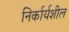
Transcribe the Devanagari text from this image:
निर्कार्यशील